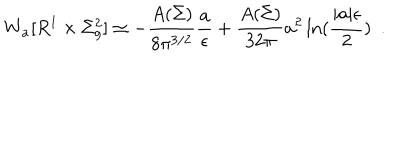
LaTeX: W _ { \bf a } [ R ^ { 1 } \times \Sigma _ { g } ^ { 2 } ] \simeq - { \frac { A ( \Sigma ) } { 8 \pi ^ { 3 / 2 } } } { \frac { \bf a } { \epsilon } } + { \frac { A ( \Sigma ) } { 3 2 \pi } } { \bf a } ^ { 2 } \ln ( { \frac { | { \bf a } | \epsilon } { 2 } } ) ~ ~ .